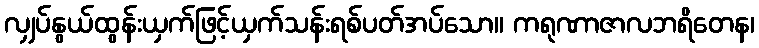
လျှပ်နွယ်ထွန်းယှက်ဖြင့်ယှက်သန်းရစ်ပတ်အပ်သော။ ကရုဏာဇာလဘရိတေန၊